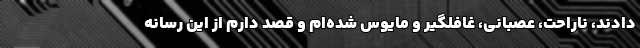
دادند، ناراحت، عصبانی، غافلگیر و مایوس شده‌ام و قصد دارم از این رسانه